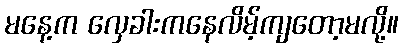
မနေ့က လှေခါးကနေလိမ့်ကျတော့မလို့။